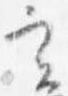
実